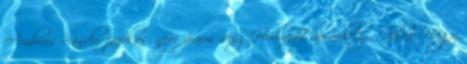
Ambrus Sándor fazekas, népi iparmıvész HódmezŒvásárhely , Gálné Nagy